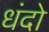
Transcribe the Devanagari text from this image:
धंदो